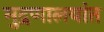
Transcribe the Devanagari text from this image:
मुद्रणालयांत